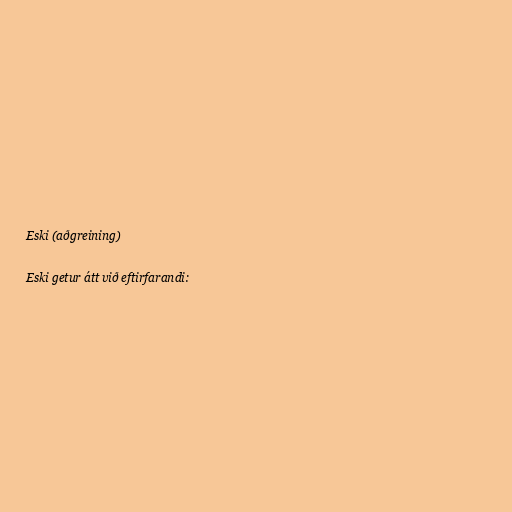
Eski (aðgreining)

Eski getur átt við eftirfarandi: